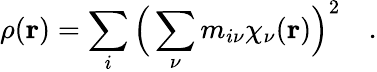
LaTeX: \rho(\mathbf{r})=\sum_{i}\Big(\sum_{\nu}m_{i\nu}\chi_{\nu}(\mathbf{r})\Big)^{2}\quad.